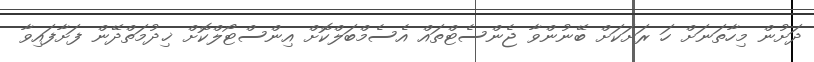
ދަށުން މިހާތަނަށް ހަ ރަށަކަށް ބޭނުންވާ ޖެންސެޓްތައް އެސެމްބަލްކޮށް އިންސްޓޯލްކޮށް ޚިދުމަތްދޭން ފަށާފައިވާ